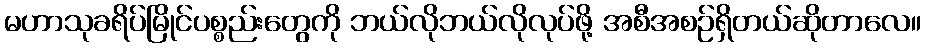
မဟာသုခရိပ်မြိုင်ပစ္စည်းတွေကို ဘယ်လိုဘယ်လိုလုပ်ဖို့ အစီအစဉ်ရှိတယ်ဆိုတာလေ။